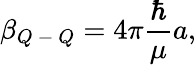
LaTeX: \beta_{Q\mathrm{~-~}Q}=4\pi\frac{\hbar}{\mu}a,